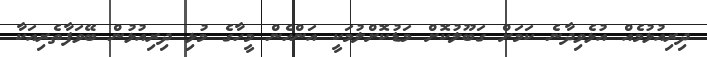
ދިރިއުޅުމެއް އުޅެވިދާނެ ކަމަށް ގަބޫލުކޮށް މަޑުކޮށްލުމަކީ އަންހެން މީހާގެ މުޅި ދިރިއުޅުން ބޭވަފާތެރިއަކާ